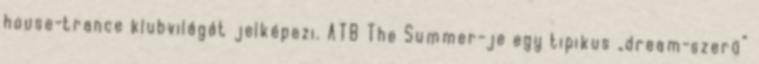
house-trance klubvilágát jelképezi. ATB The Summer-je egy tipikus „dream-szerű”